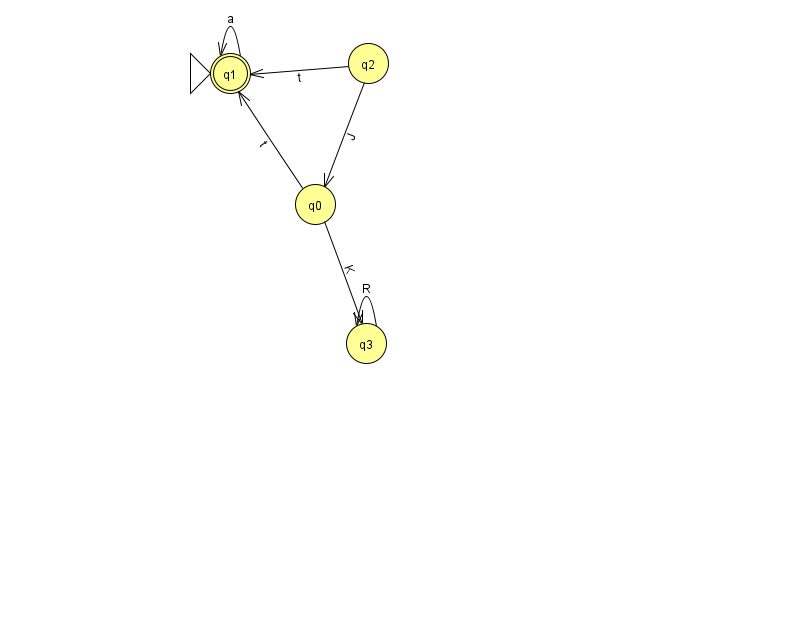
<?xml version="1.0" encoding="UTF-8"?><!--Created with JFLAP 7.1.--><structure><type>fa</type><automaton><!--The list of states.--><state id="0" name="q0"><x>315.0</x><y>191.0</y></state><state id="1" name="q1"><x>230.0</x><y>60.0</y><initial/><final/></state><state id="2" name="q2"><x>368.0</x><y>50.0</y></state><state id="3" name="q3"><x>366.0</x><y>330.0</y></state><!--The list of transitions.--><transition><from>0</from><to>3</to><read>K</read></transition><transition><from>1</from><to>1</to><read>a</read></transition><transition><from>3</from><to>3</to><read>R</read></transition><transition><from>0</from><to>1</to><read>t</read></transition><transition><from>2</from><to>1</to><read>t</read></transition><transition><from>2</from><to>0</to><read>J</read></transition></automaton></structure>